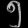
Digit: ၅